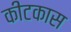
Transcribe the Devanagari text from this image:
कीटकास